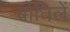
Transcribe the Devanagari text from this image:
बोधिलें